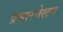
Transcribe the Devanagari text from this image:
प्रसारबेलन